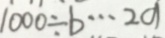
1 0 0 0 \div b \cdots 2 a